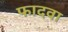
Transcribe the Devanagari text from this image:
फादवा